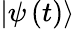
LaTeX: \left|\psi\left(t\right)\right\rangle